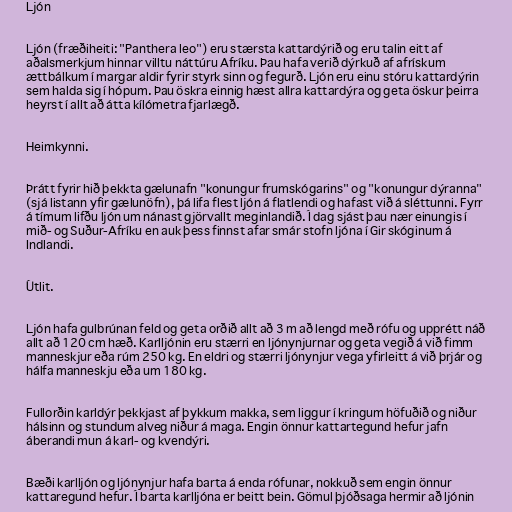
Ljón

Ljón (fræðiheiti: "Panthera leo") eru stærsta kattardýrið og eru talin eitt af
aðalsmerkjum hinnar villtu náttúru Afríku. Þau hafa verið dýrkuð af afrískum
ættbálkum í margar aldir fyrir styrk sinn og fegurð. Ljón eru einu stóru kattardýrin
sem halda sig í hópum. Þau öskra einnig hæst allra kattardýra og geta öskur þeirra
heyrst í allt að átta kílómetra fjarlægð.

Heimkynni.

Þrátt fyrir hið þekkta gælunafn "konungur frumskógarins" og "konungur dýranna"
(sjá listann yfir gælunöfn), þá lifa flest ljón á flatlendi og hafast við á sléttunni. Fyrr
á tímum lifðu ljón um nánast gjörvallt meginlandið. Í dag sjást þau nær einungis í
mið- og Suður-Afríku en auk þess finnst afar smár stofn ljóna í Gir skóginum á
Indlandi.

Útlit.

Ljón hafa gulbrúnan feld og geta orðið allt að 3 m að lengd með rófu og upprétt náð
allt að 120 cm hæð. Karlljónin eru stærri en ljónynjurnar og geta vegið á við fimm
manneskjur eða rúm 250 kg. En eldri og stærri ljónynjur vega yfirleitt á við þrjár og
hálfa manneskju eða um 180 kg.

Fullorðin karldýr þekkjast af þykkum makka, sem liggur í kringum höfuðið og niður
hálsinn og stundum alveg niður á maga. Engin önnur kattartegund hefur jafn
áberandi mun á karl- og kvendýri.

Bæði karlljón og ljónynjur hafa barta á enda rófunar, nokkuð sem engin önnur
kattaregund hefur. Í barta karlljóna er beitt bein. Gömul þjóðsaga hermir að ljónin